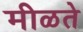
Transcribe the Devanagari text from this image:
मीळते